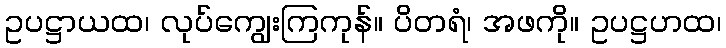
ဥပဋ္ဌာယထ၊ လုပ်ကျွေးကြကုန်။ ပိတရံ၊ အဖကို။ ဥပဋ္ဌဟထ၊